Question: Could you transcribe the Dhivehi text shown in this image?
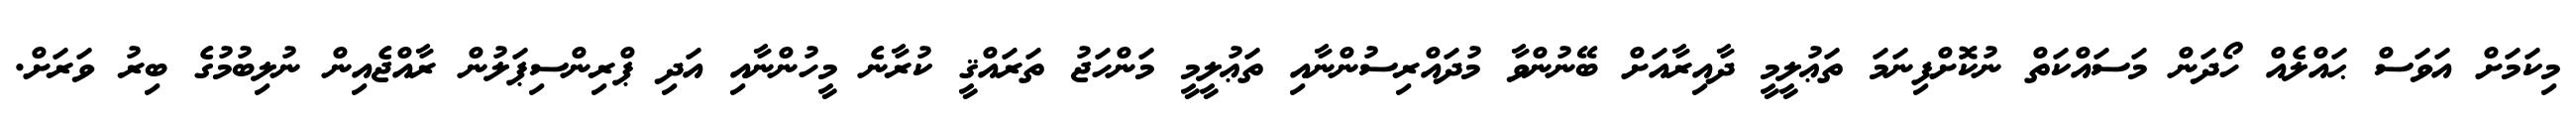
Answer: މިކަމަށް އަވަސް ޙައްލެއް ހޯދަން މަސައްކަތް ނުކޮށްފިނަމަ ތަޢުލީމީ ދާއިރާއަށް ބޭނުންވާ މުދައްރިސުންނާއި ތަޢުލީމީ މަންހަޖު ތަރައްޤީ ކުރާނެ މީހުންނާއި އަދި ޕްރިންސިޕަލުން ރާއްޖެއިން ނުލިބުމުގެ ބިރު ވަރަށް.